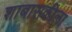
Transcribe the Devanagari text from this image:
शाबासकीला